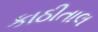
કાઠીતાલ